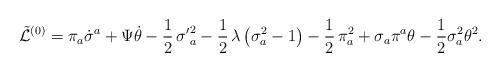
LaTeX: \begin{align*}\tilde {\cal L}^{(0)} = \pi_a\dot{\sigma}^a + \Psi\dot{\theta} - \frac{1}{2}\,{\sigma^\prime} ^2_a -\frac{1}{2}\,\lambda\,\bigl(\sigma^2_a - 1\bigr) - \frac{1}{2}\,\pi^2_a + \sigma_a\pi^a\theta - \frac {1}{2} \sigma_a^2 \theta^2.\end{align*}